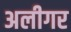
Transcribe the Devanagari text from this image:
अलीगर